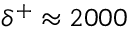
{ \delta } ^ { \ensuremath { + } } \approx 2 0 0 0